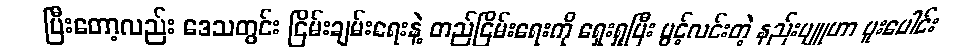
ပြီးတော့လည်း ဒေသတွင်း ငြိမ်းချမ်းရေးနဲ့ တည်ငြိမ်းရေးကို ရှေးရှုပြီး ပွင့်လင်းတဲ့ နည်းဗျူဟာ ပူးပေါင်း